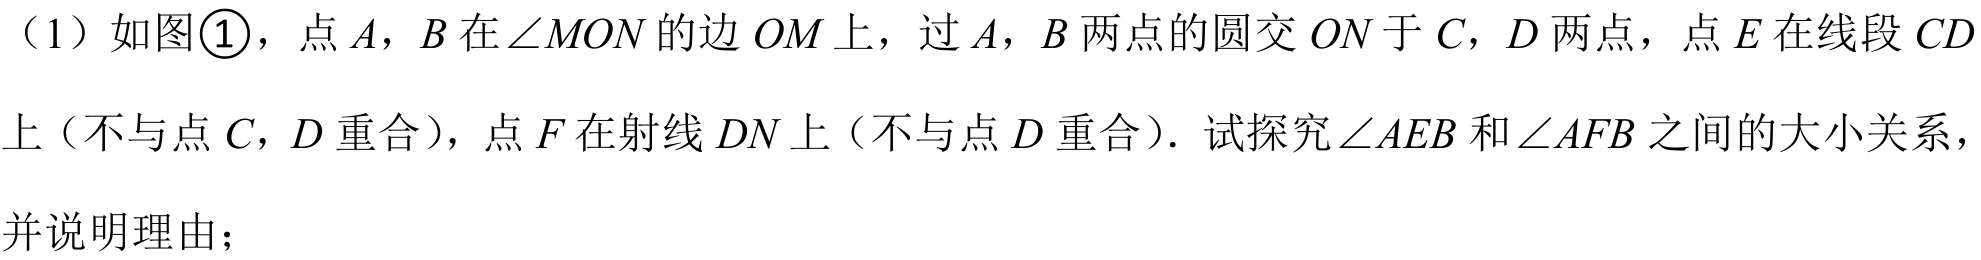
（1）如图\textcircled{1}，点\(A\)，\(B\)在\(\angle MON\)的边\(OM\)上，过\(A\)，\(B\)两点的圆交\(ON\)于\(C\)，\(D\)两点，点\(E\)在线段\(CD\)上（不与点\(C\)，\(D\)重合），点\(F\)在射线\(DN\)上（不与点\(D\)重合）. 试探究\(\angle AEB\)和\(\angle AFB\)之间的大小关系，并说明理由；